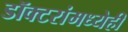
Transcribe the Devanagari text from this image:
डॉक्टरांमध्येही